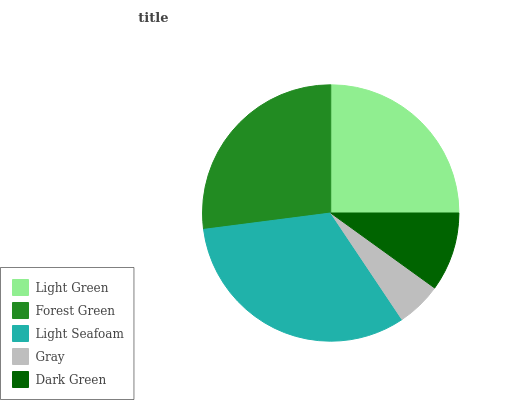
| Light Green | Forest Green | Light Seafoam | Gray | Dark Green |
 | --- | --- | --- | --- | --- |
 | 25% | 27.1% | 32.3% | 5.67% | 9.95% |